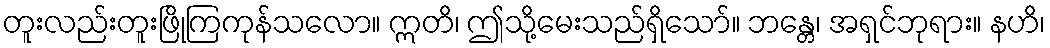
တူးလည်းတူးဖြိုကြကုန်သလော။ ဣတိ၊ ဤသို့မေးသည်ရှိသော်။ ဘန္တေ၊ အရှင်ဘုရား။ နဟိ၊